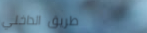
طريق الداخلي